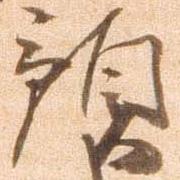
預